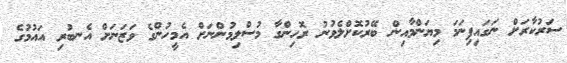
ސަރުކާރަށް ނަގައިފިނަމަ މިޔަންމާއިން ބޭރުކޮށްލެވުނު ރޮހިންގާ މުސްލިމުންނަށް އެމީހުންގެ ވަޒަނަށް އެނބުރި އައުމުގެ